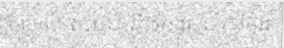
បច្ចេកទេសមុន និងបង្ហូរចូលទៅក្នុង